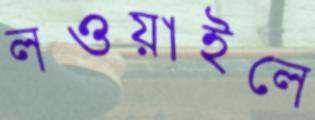
লওয়াইলে